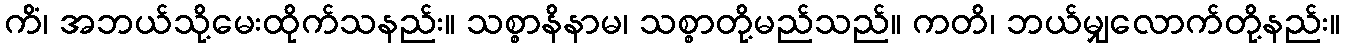
ကိံ၊ အဘယ်သို့မေးထိုက်သနည်း။ သစ္စာနိနာမ၊ သစ္စာတို့မည်သည်။ ကတိ၊ ဘယ်မျှလောက်တို့နည်း။